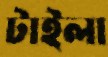
টাইলা